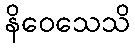
နိဝေသေသိ